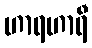
ဟာရဟာရီ